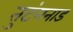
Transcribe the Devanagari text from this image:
तुटंगनाड